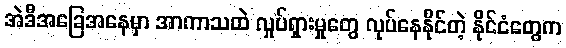
အဲဒီအခြေအနေမှာ အာကာသထဲ လှုပ်ရှားမှုတွေ လုပ်နေနိုင်တဲ့ နိုင်ငံတွေက